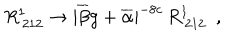
R _ { \: 2 1 2 } ^ { 1 } \rightarrow | \overline { { { \beta } } } g + \overline { { { \alpha } } } | ^ { - 8 c } \, R _ { \: 2 1 2 } ^ { 1 } ~ ~ ,